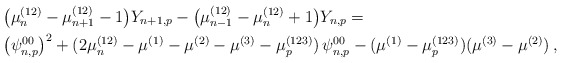
\begin{align*}&\big( \mu_n^{(12)}-\mu_{n+1}^{(12)}-1 \big) Y_{n+1,p}- \big( \mu_{n-1}^{(12)}-\mu_n^{(12)}+1 \big) Y_{n,p}= \\&\big(\psi^{00}_{n,p}\big)^2 + (2\mu_n^{(12)}-\mu^{(1)}-\mu^{(2)}-\mu^{(3)}-\mu_p^{(123)})\, \psi^{00}_{n,p} - (\mu^{(1)}-\mu_p^{(123)})(\mu^{(3)}-\mu^{(2)}) \,,\end{align*}